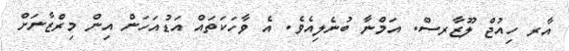
އާރ ހިއުޖް ލޫޒާރސް. އަމްނާ ބުނެލިއެވެ. އެ ވާހަކަތައް އަޑުއަހަން އިން މިރްޒާނަށް